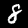
Label: 8